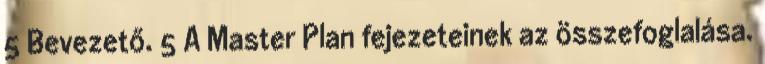
5 Bevezető. 5 A Master Plan fejezeteinek az összefoglalása.